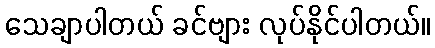
သေချာပါတယ် ခင်ဗျား လုပ်နိုင်ပါတယ်။